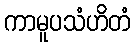
ကာမူပသံဟိတံ